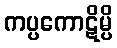
ကပ္ပကောဋိမ္ပိ